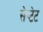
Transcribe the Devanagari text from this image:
सेप्टेट